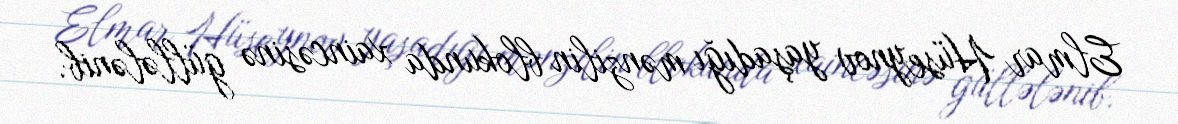
Elmar Hüseynov yaşadığı mənzilin blokunda xaincəsinə güllələnib.